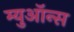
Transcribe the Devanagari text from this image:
म्युऑन्स